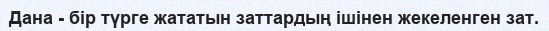
Дана - бір түрге жататын заттардың ішінен жекеленген зат.